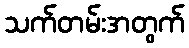
သက်တမ်းအတွက်